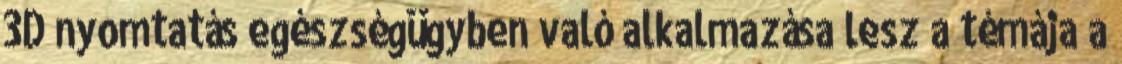
3D nyomtatás egészségügyben való alkalmazása lesz a témája a